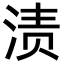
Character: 渍